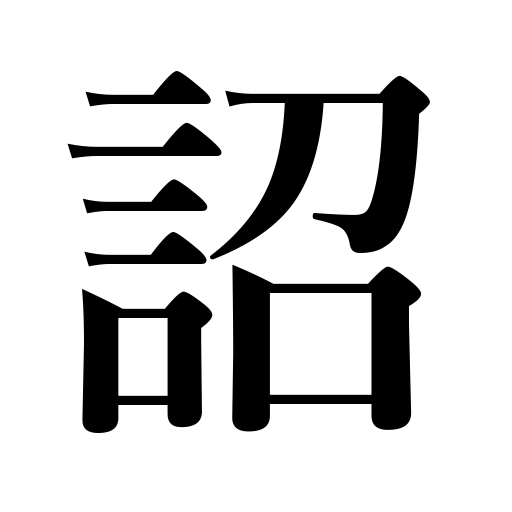
Meanings: imperial edict,decree